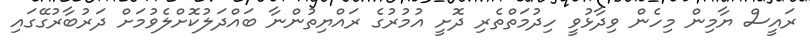
ރައީސް ޔާމިން މިހެން ވިދާޅުވީ ހިދުމަތްތެރި ދޮށީ އުމުރުގެ ރައްޔިތުންނާ ބައްދަލުކޮށްލެވުމަށް ދަރުބާރުގޭގައި